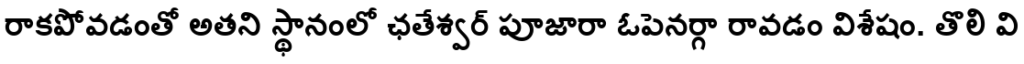
రాకపోవడంతో అతని స్థానంలో ఛతేశ్వర్ పూజారా ఓపెనర్గా రావడం విశేషం. తొలి వి